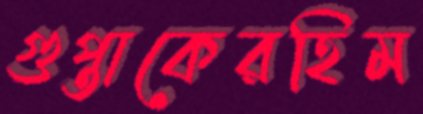
গুপ্তাকেরহিম